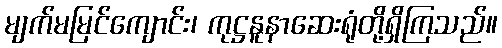
မျက်မမြင်ကျောင်း၊ ကုဋ္ဌနူနာဆေးရုံတို့ရှိကြသည်။